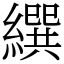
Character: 繏